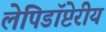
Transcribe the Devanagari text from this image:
लेपिडॉप्टेरीय